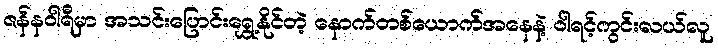
ဇန်နဝါရီမှာ အသင်းပြောင်းရွှေ့နိုင်တဲ့ နောက်တစ်ယောက်အနေနဲ့ ဝါရင့်ကွင်းလယ်လူ